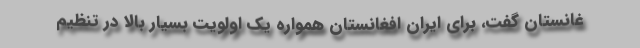
غانستان گفت، برای ایران افغانستان همواره یک اولویت بسیار بالا در تنظیم